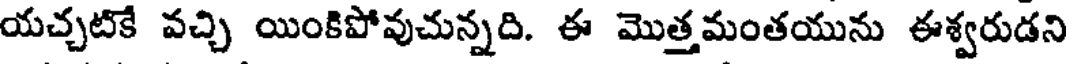
యచ్చటికే వచ్చి యింకిపోవుచున్నది. ఈ మొత్తమంతయును ఈశ్వరుడని